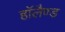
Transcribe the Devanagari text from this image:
हाॅलैण्ड